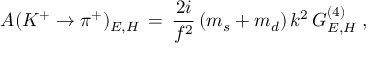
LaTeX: { \cal A } ( K ^ { + } \rightarrow \pi ^ { + } ) _ { E , H } \, = \, \frac { 2 i } { f ^ { 2 } } \, ( m _ { s } + m _ { d } ) \, k ^ { 2 } \, G _ { E , H } ^ { ( 4 ) } \; ,